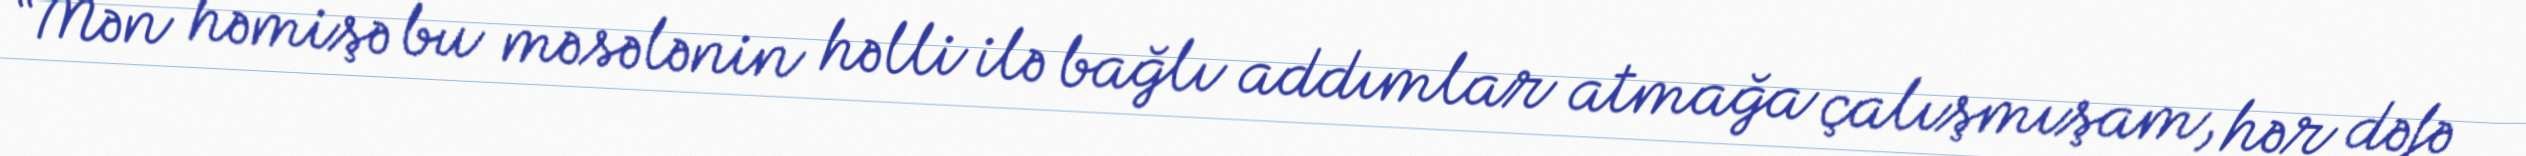
“Mən həmişə bu məsələnin həlli ilə bağlı addımlar atmağa çalışmışam, hər dəfə